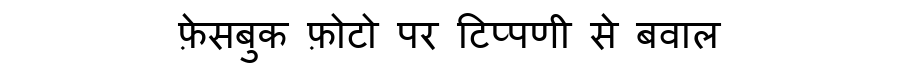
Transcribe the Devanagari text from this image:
फ़ेसबुक फ़ोटो पर टिप्पणी से बवाल